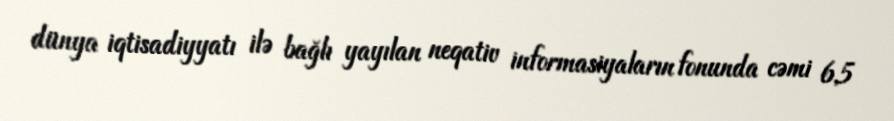
dünya iqtisadiyyatı ilə bağlı yayılan neqativ informasiyaların fonunda cəmi 6,5